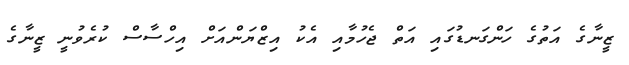
ޒީނާގެ އަތުގެ ހަންގަނޑުގައި އަތް ޖެހުމާއި އެކު އިޒްޔަންއަށް އިހްސާސް ކުރެވުނީ ޒީނާގެ